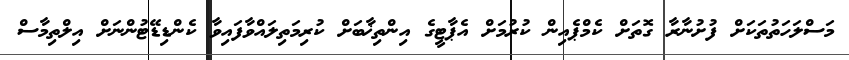
މަސްލަހަތުތަކަށް ފުށުނާރާ ގޮތަށް ކެމްޕެއިން ކުރުމަށް އެޕާޓީގެ އިންތިޚާބަށް ކުރިމަތިލައްވާފައިވާ ކެންޑިޑޭޓުންނަށް އިލްތިމާސް